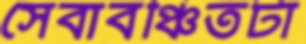
সেবাবঞ্চিতটা